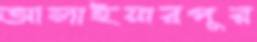
আলাইয়ারপুর